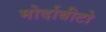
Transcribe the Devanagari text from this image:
मोर्दाबीटो